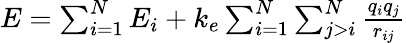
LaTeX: \begin{array}{r}{E=\sum_{i=1}^{N}E_{i}+k_{e}\sum_{i=1}^{N}\sum_{j>i}^{N}\frac{q_{i}q_{j}}{r_{ij}}}\end{array}